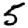
Digit: 5